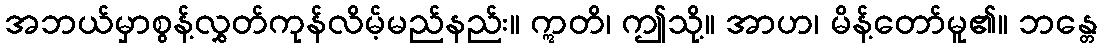
အဘယ်မှာစွန့်လွှတ်ကုန်လိမ့်မည်နည်း။ ဣတိ၊ ဤသို့။ အာဟ၊ မိန့်တော်မူ၏။ ဘန္တေ